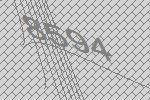
8594